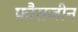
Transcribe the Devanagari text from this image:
फ़ौसजीन